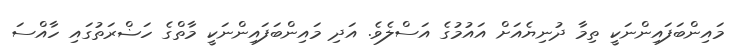
މައިންބަފައިންނަކީ ތިމާ ދުނިޔެއަށް އައުމުގެ އަސްލެވެ. އަދި މައިންބަފައިންނަކީ މާތްގެ ހަޟްރަތުގައި ހާއްސަ